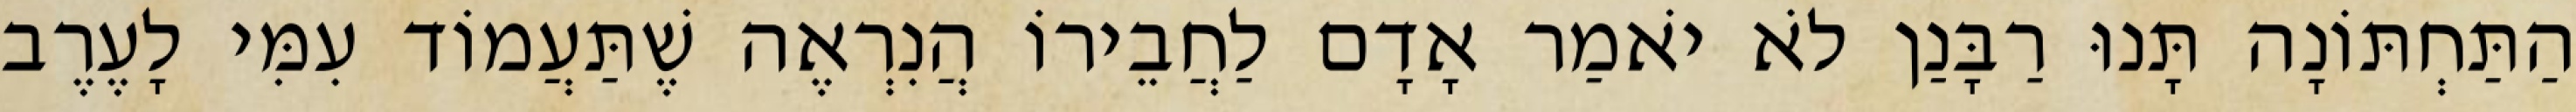
הַתַּחְתּוֹנָה תָּנוּ רַבָּנַן לֹא יֹאמַר אָדָם לַחֲבֵירוֹ הֲנִרְאֶה שֶׁתַּעֲמוֹד עִמִּי לָעֶרֶב